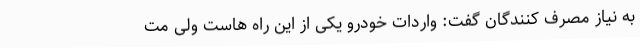
به نیاز مصرف کنندگان گفت: واردات خودرو یکی از این راه هاست ولی مت